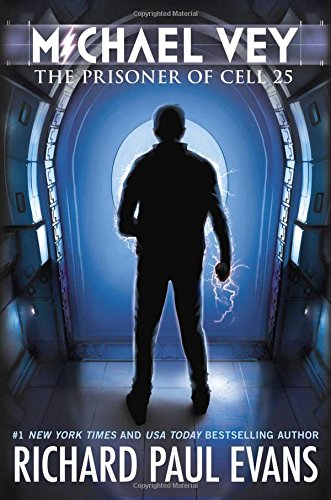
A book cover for Michael Vey: The Prisoner of Cell 25; Richard Paul Evans; Teen & Young Adult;